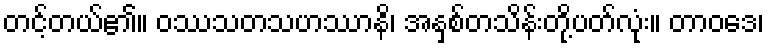
တင့်တယ်၏။ ဝဿသတသဟဿာနိ၊ အနှစ်တသိန်းတို့ပတ်လုံး။ တာဝဒေ၊